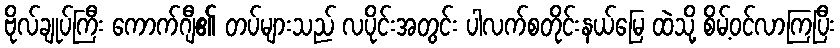
ဗိုလ်ချုပ်ကြီး ကောက်ဂျီ၏ တပ်များသည် လပိုင်းအတွင်း ပါလက်စတိုင်းနယ်မြေ ထဲသို့ စိမ့်ဝင်လာကြပြီး